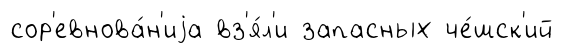
сор'евнова́н'иjа вз'я́л'и запасных че́шск'ий